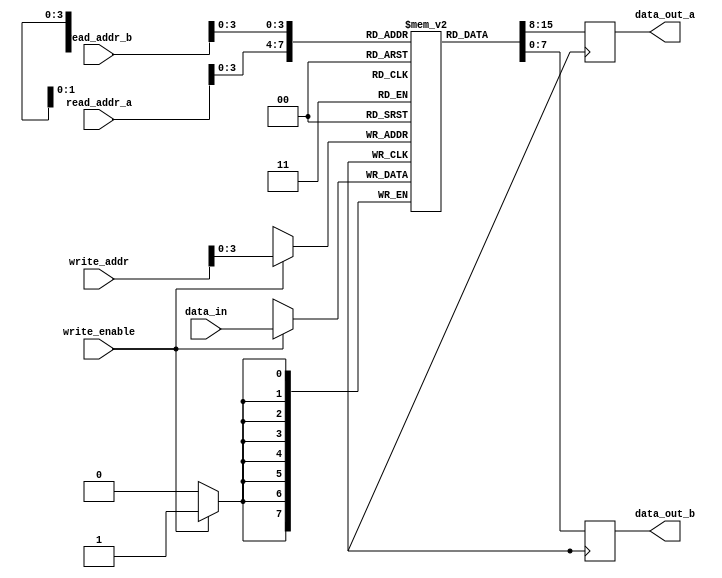
module register_file (
  input wire [7:0] read_addr_a,
  input wire [7:0] read_addr_b,
  input wire [7:0] write_addr,
  input wire [7:0] data_in,
  input wire write_enable,
  output reg [7:0] data_out_a,
  output reg [7:0] data_out_b
);

  reg [7:0] mem_block [15:0]; // 16 memory blocks for data storage

  always @ (posedge clock) begin
    if (write_enable) begin
      mem_block[write_addr] <= data_in;
    end
    data_out_a <= mem_block[read_addr_a];
    data_out_b <= mem_block[read_addr_b];
  end

endmodule